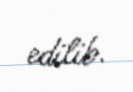
edilib.